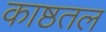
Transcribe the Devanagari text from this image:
काष्ठतल